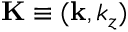
{ \bf K } \equiv ( { \bf k } , k _ { z } )